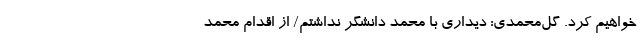
خواهیم کرد. گل‌محمدی: دیداری با محمد دانشگر نداشتم/ از اقدام محمد